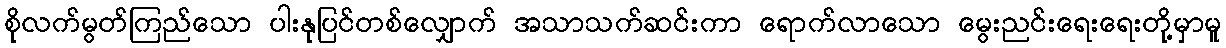
စိုလက်မွတ်ကြည်သော ပါးနုပြင်တစ်လျှောက် အသာသက်ဆင်းကာ ရောက်လာသော မွေးညင်းရေးရေးတို့မှာမူ